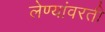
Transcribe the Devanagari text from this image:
लेण्यांवरती